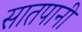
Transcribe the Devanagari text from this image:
सातपानी